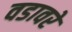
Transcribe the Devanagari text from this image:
वडावरे